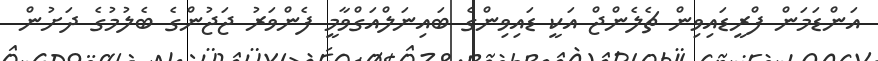
އަންޑަމަން ފްރީޑައިވިން ޗެލެންޖް އަކީ ޑައިވިންގެ ބައިނަލްއަގްވާމީ ފެންވަރު ޖަޖުންގެ ބެލުމުގެ ދަށުން